Senior Leaving Certificate Examination (including Day School Certificate (Higher) General paper), 1949
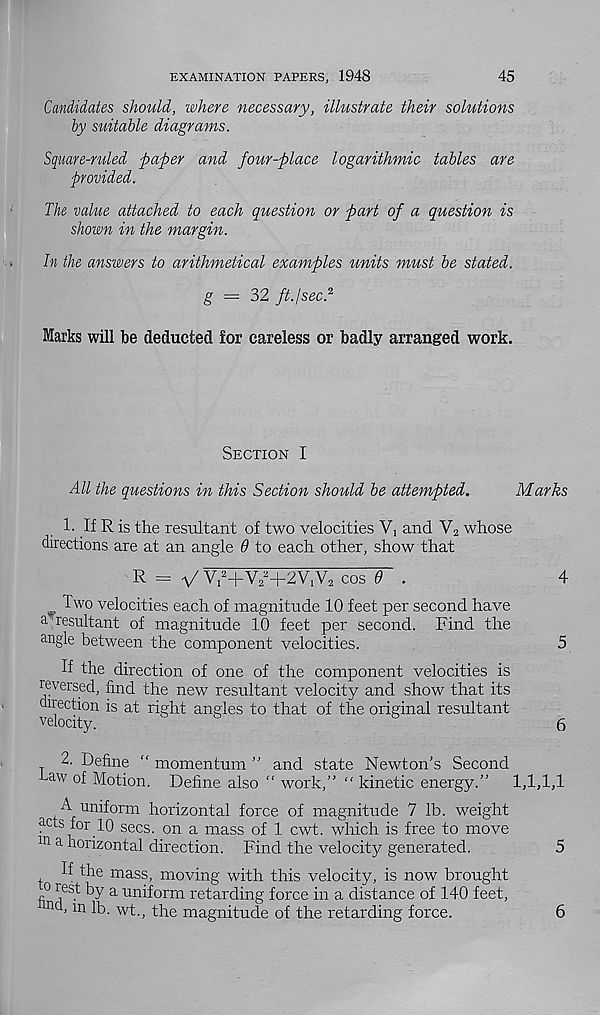
EXAMINATION PAPERS, 1948
45
Candidates should, where necessary, illustrate their solutions
by suitable diagrams.
Square-ruled paper and four-place logarithmic tables are
provided.
The value attached to each question or part of a question is
shown in the margin.
In the answers to arithmetical examples units must be stated,
g = 32 ftp sec. 2
Marks will be deducted for careless or badly arranged work.
Section I
All the questions in this Section should be attempted.
Marks
1. If R is the resultant of two velocities Vj and V 2 whose
directions are at an angle 6 to each other, show that
R = V v^+v^+av.v, cos e .
4
Two velocities each of magnitude 10 feet per second have
a resultant of magnitude 10 feet per second. Find the
angle between the component velocities.
5
If the direction of one of the component velocities is
reversed, find the new resultant velocity and show that its
direction is at right angles to that of the original resultant
velocity.
6
2. Define “ momentum ” and state Newton’s Second
■ Law of Motion. Define also “ work,” “ kinetic energy.”
1,1,1,1
A uniform horizontal force of magnitude 7 lb. weight
acts for 10 secs, on a mass of 1 cwt. which is free to move
ln a horizontal direction. Find the velocity generated.
5
If the mass, moving with this velocity, is now brought
° rest by a uniform retarding force in a distance of 140 feet,
nd ’ ln R- wt., the magnitude of the retarding force.
6